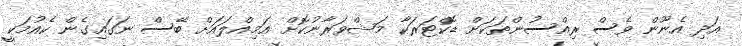
އަދި އެނޫން ވެސް ރިއްސުންތަކަށް ޑޮކްޓަރަކާ މަޝްވަރާނުކޮށް އަމިއްލައަށް ބޭސް ނަގައިގެން ކެއުމަކީ